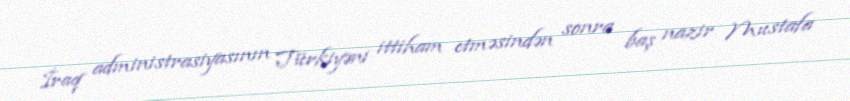
İraq administrasiyasının Türkiyəni ittiham etməsindən sonra baş nazir Mustafa